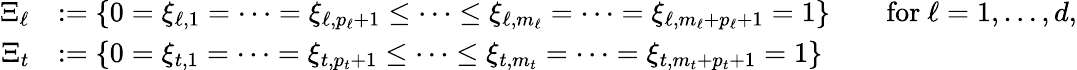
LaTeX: \begin{array}{rlrl}{\Xi_{\ell}}&{:=\left\{ 0=\xi_{\ell,1}=\dots=\xi_{\ell,p_{\ell}+1}\leq\dots\leq\xi_{\ell,m_{\ell}}=\dots=\xi_{\ell,m_{\ell}+p_{\ell}+1}=1\right\} }&&{\mathrm{for~}\ell=1,\ldots,d,}\\ {\Xi_{t}}&{:=\left\{ 0=\xi_{t,1}=\dots=\xi_{t,p_{t}+1}\leq\dots\leq\xi_{t,m_{t}}=\dots=\xi_{t,m_{t}+p_{t}+1}=1\right\} }\end{array}